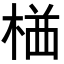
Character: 𭪯